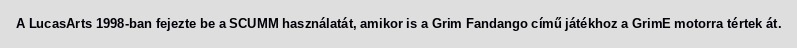
A LucasArts 1998-ban fejezte be a SCUMM használatát, amikor is a Grim Fandango című játékhoz a GrimE motorra tértek át.